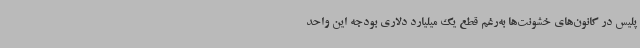
پلیس در کانون‌های خشونت‌ها به‌رغم قطع یک میلیارد دلاری بودجه این واحد